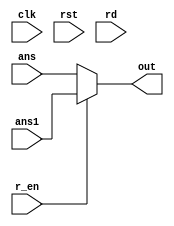
//output
module OUTPUT(
  input clk,rst,r_en,
  input [31:0] ans,ans1,
  input [4:0] rd,
  output [31:0] out
);
  //assign out = reg_file[rd];
  reg [31:0] out_ch;
  always@(*)
     begin
       if (r_en == 1)
         out_ch=ans1;
       else
         out_ch=ans;
      end
  assign out=out_ch;
 endmodule